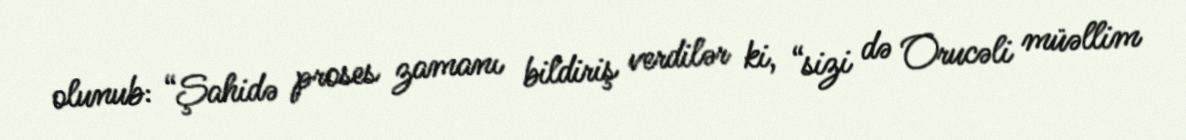
olunub: “Şahidə proses zamanı bildiriş verdilər ki, “sizi də Orucəli müəllim